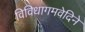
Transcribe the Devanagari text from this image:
विविधागमवेदिने